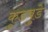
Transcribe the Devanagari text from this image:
कुडबुडे